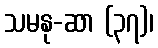
သမနု-ဆာ (၃၇)၊